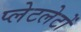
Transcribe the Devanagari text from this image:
प्‍लेटलेटों